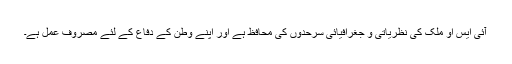
آئی ایس او ملک کی نظریاتی و جغرافیائی سرحدوں کی محافظ ہے اور اپنے وطن کے دفاع کے لئے مصروف عمل ہے۔